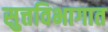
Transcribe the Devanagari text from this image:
सुत्तविभागात